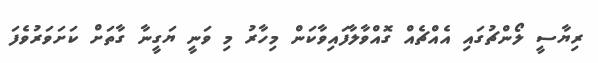
ރިޔާސީ ލޯންޗުގައި އެއްޗެއް ގޮއްވާލާފައިވާކަން މިހާރު މި ވަނީ ޔަގީނާ ގާތަށް ކަށަވަރުވެފަ